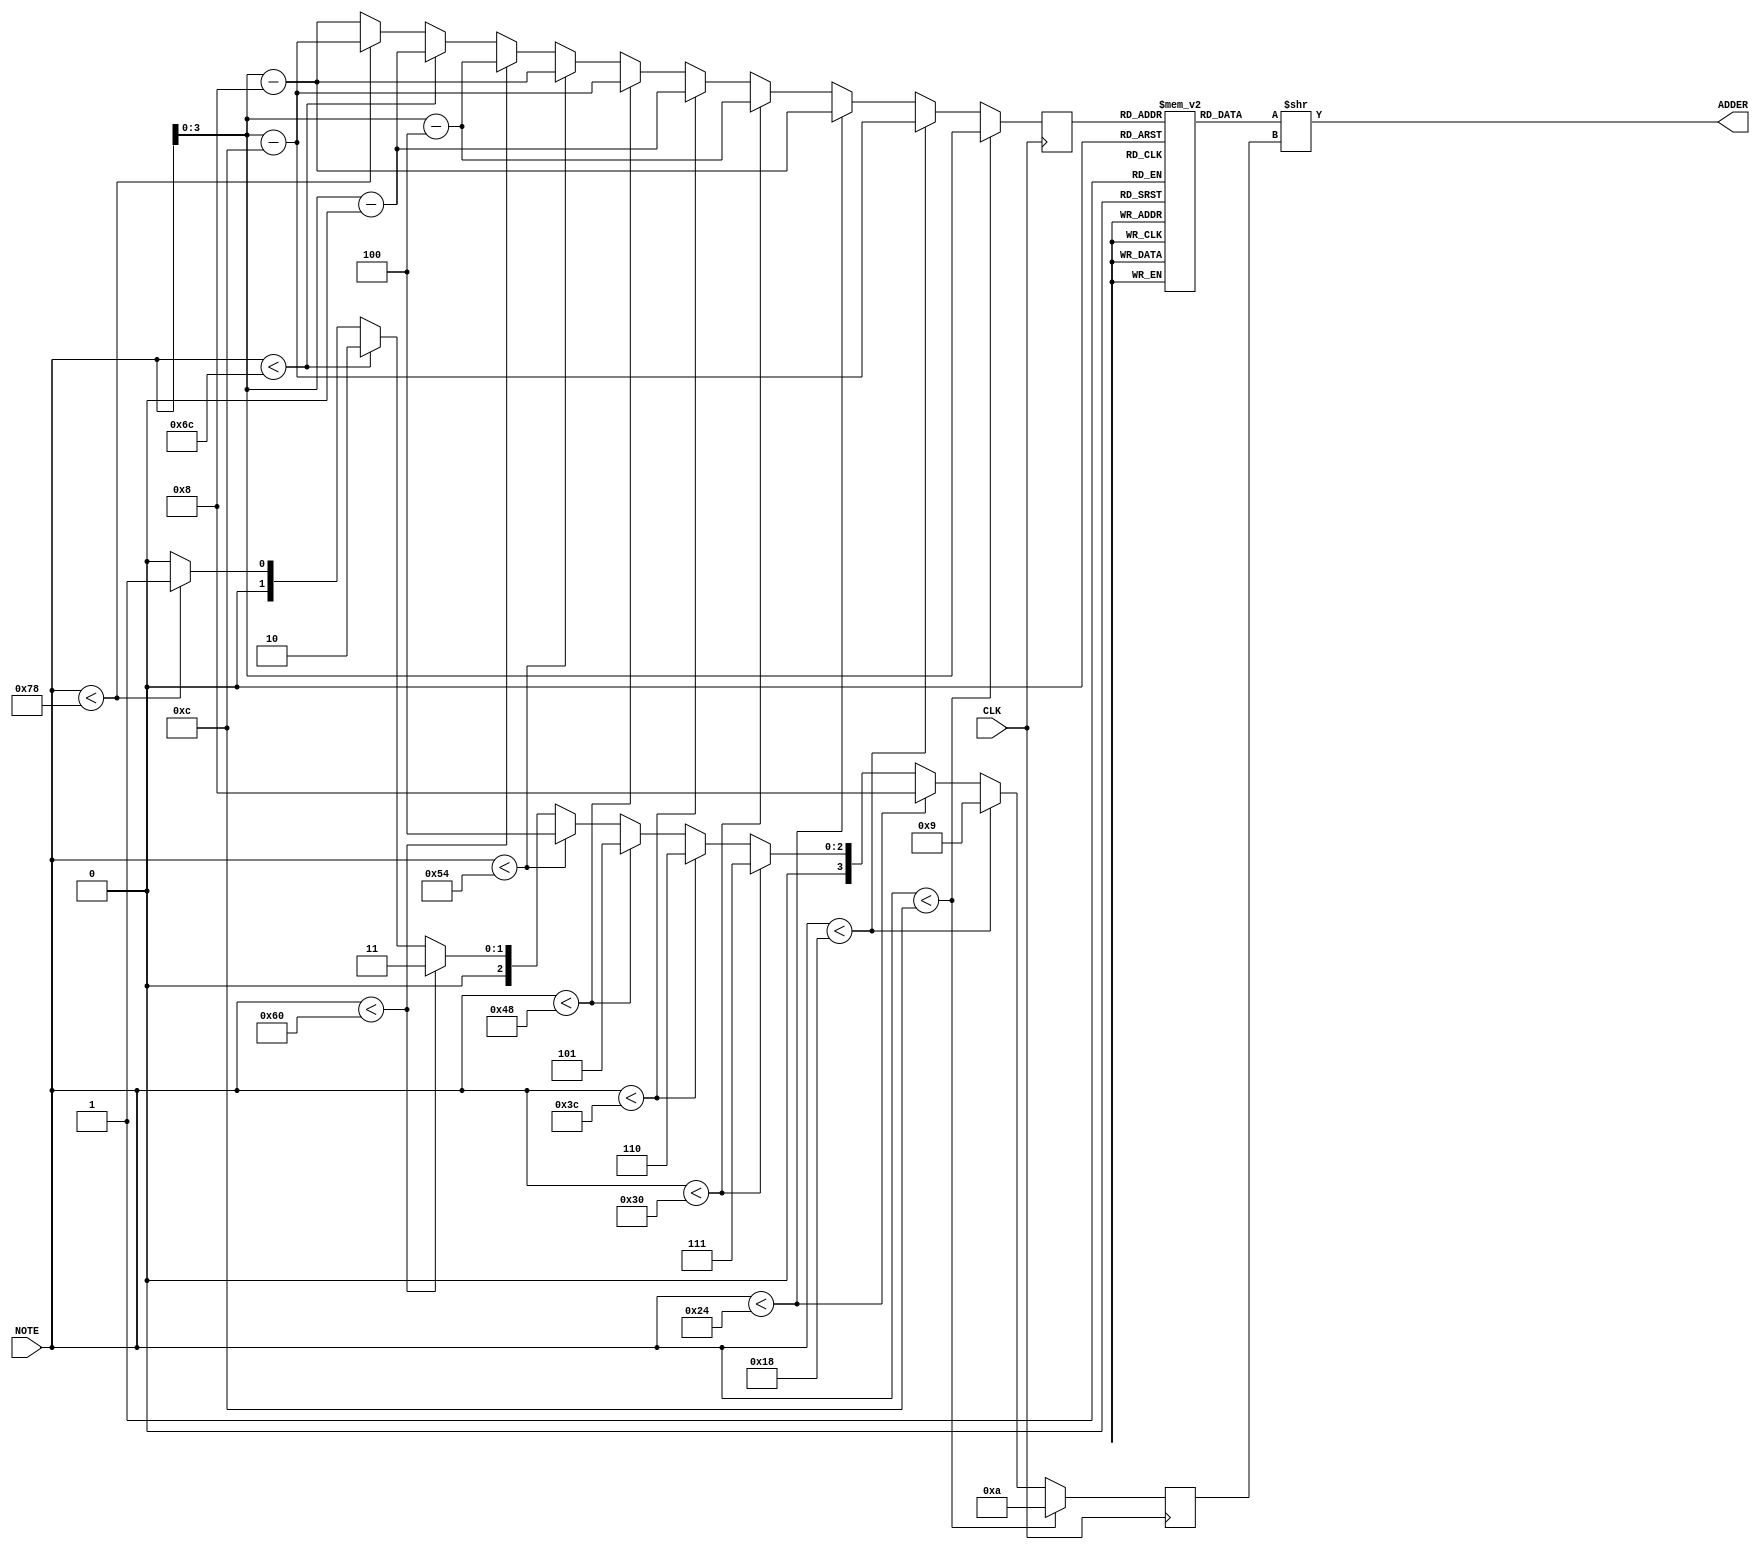
module note2dds_3st_gen(CLK, NOTE, ADDER);

input wire CLK;
input wire [6:0] NOTE;
output [31:0] ADDER;

reg [31:0] ADDER_tbl [15:0];
reg [3:0] addr;
reg [3:0] divider;

// note div 12 ( * 0,08333333333333333333333333333333)
//; Add input / 16 to accumulator
//; Add input / 64 to accumulator

initial begin
   addr <= 4'd012;
	divider <= 4'd0;
	ADDER_tbl[ 4'd0] <= 32'd0359575;
	ADDER_tbl[ 4'd1] <= 32'd0380957;
	ADDER_tbl[ 4'd2] <= 32'd0403610;
	ADDER_tbl[ 4'd3] <= 32'd0427610;
	ADDER_tbl[ 4'd4] <= 32'd0453037;
	ADDER_tbl[ 4'd5] <= 32'd0479976;
	ADDER_tbl[ 4'd6] <= 32'd0508516;
	ADDER_tbl[ 4'd7] <= 32'd0538754;
	ADDER_tbl[ 4'd8] <= 32'd0570790;
	ADDER_tbl[ 4'd9] <= 32'd0604731;
	ADDER_tbl[4'd10] <= 32'd0640691;
	ADDER_tbl[4'd11] <= 32'd0678788;
	ADDER_tbl[4'd12] <= 32'd0;
	ADDER_tbl[4'd13] <= 32'd0;
	ADDER_tbl[4'd14] <= 32'd0;
	ADDER_tbl[4'd15] <= 32'd0;
end

assign ADDER = ADDER_tbl[addr] >> divider;


wire [6:0] note_a = (NOTE <  12) ? NOTE :
					     (NOTE <  24) ? NOTE - 7'd012 :
					     (NOTE <  36) ? NOTE - 7'd024 :
					     (NOTE <  48) ? NOTE - 7'd036 :
					     (NOTE <  60) ? NOTE - 7'd048 :
					     (NOTE <  72) ? NOTE - 7'd060 :
					     (NOTE <  84) ? NOTE - 7'd072 :
					     (NOTE <  96) ? NOTE - 7'd084 :
					     (NOTE < 108) ? NOTE - 7'd096 :
					     (NOTE < 120) ? NOTE - 7'd0108 : NOTE - 7'd0120 ;

wire [3:0] div_val = (NOTE <  12) ? 4'd010 :
					     (NOTE <  24) ? 4'd09 :
					     (NOTE <  36) ? 4'd08 :
					     (NOTE <  48) ? 4'd07 :
					     (NOTE <  60) ? 4'd06 :
					     (NOTE <  72) ? 4'd05 :
					     (NOTE <  84) ? 4'd04 :
					     (NOTE <  96) ? 4'd03 :
					     (NOTE < 108) ? 4'd02 :
					     (NOTE < 120) ? 4'd01 : 4'd00 ;

						  
always @ (posedge CLK) begin
	addr <= note_a[3:0];
	divider <= div_val;
end

endmodule